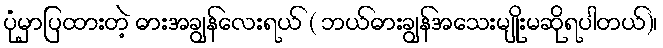
ပုံမှာပြထားတဲ့ ဓားအချွန်လေးရယ် ( ဘယ်ဓားချွန်အသေးမျိုးမဆိုရပါတယ်)၊